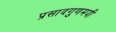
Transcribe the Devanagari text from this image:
प्रसादगुणमयी